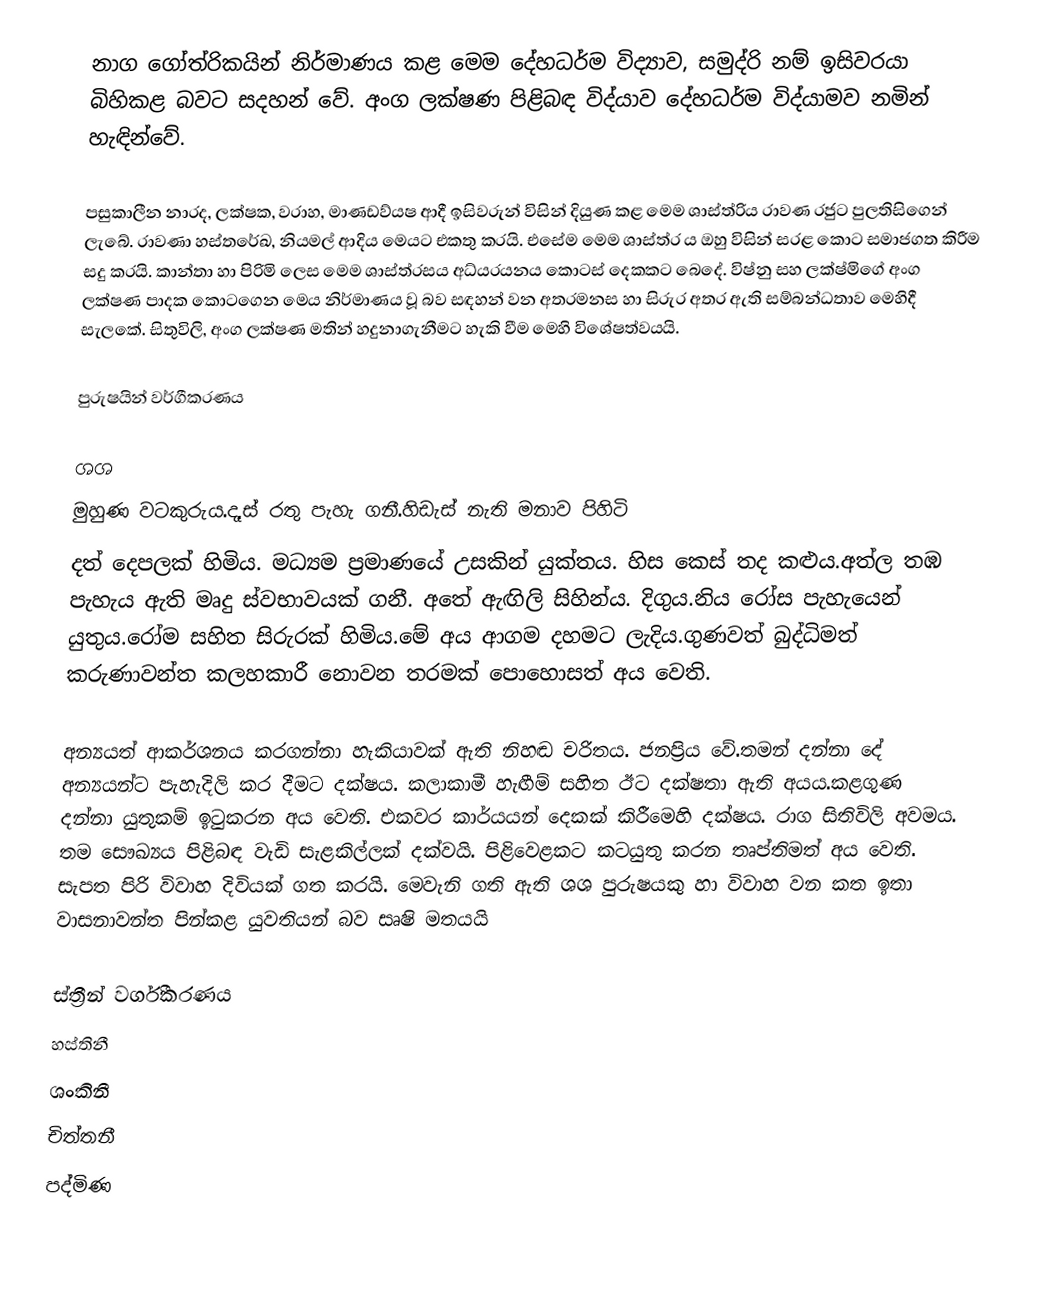
නාග ගෝත්රිකයින් නිර්මාණය කළ මෙම දේහධර්ම විද්‍යාව, සමුද්රි නම් ඉසිවරයා බිහිකළ බවට සදහන් වේ. අංග ලක්ෂණ පිළිබඳ විද්යාව දේහධර්ම විද්යාමව නමින් හැඳින්වේ.

පසුකාලීන නාරද, ලක්ෂක, වරාහ, මාණඩව්යෂ ආදී ඉසිවරුන් විසින් දියුණ කළ මෙම ශාස්ත්රිය රාවණ රජුට පුලතිසිගෙන් ලැබේ. රාවණා හස්තරේඛ, නියමල් ආදිය මෙයට එකතු කරයි. එසේම මෙම ශාස්ත්ර ය ඔහු විසින් සරළ කොට සමාජගත කිරීම සදු කරයි. කාන්තා හා පිරිමි ලෙස මෙම  ශාස්ත්රසය අධ්යරයනය ‍කොටස් දෙකකට බෙදේ. විෂ්නු සහ ලක්ෂ්මිගේ අංග ලක්ෂණ පාදක කොටගෙන මෙය නිර්මාණය වූ බව සඳහන් වන අතරමනස හා සිරුර අතර ඇති සම්බන්ධතාව මෙහිදී සැලකේ. සිතුවිලි, අංග ලක්ෂණ මතින් හදුනාගැනීමට හැකි වීම මෙහි විශේෂත්වයයි.

පුරුෂයින් වර්ගීකරණය

 ශශ
මුහුණ වටකුරුය.දෑස් රතු පැහැ ගනී.හිඩැස් නැති මනාව පිහිටි
දත් දෙපලක් හිමිය. මධ්‍යම ප්‍රමාණයේ උසකින් යුක්තය. හිස කෙස් තද කළුය.අත්ල තඹ පැහැය ඇති මෘදු ස්වභාවයක් ගනී. අතේ ඇඟිලි සිහින්ය. දිගුය.නිය රෝස පැහැයෙන් යුතුය.රෝම සහිත සිරුරක් හිමිය.මේ අය ආගම දහමට ලැදිය.ගුණවත් බුද්ධිමත් කරුණාවන්ත කලහකාරී නොවන තරමක් පොහොසත් අය වෙති.

අන්‍යයත් ආකර්ශනය කරගන්නා හැකියාවක් ඇති නිහඬ චරිතය. ජනප්‍රිය වේ.තමන් දන්නා දේ අන්‍යයන්ට පැහැදිලි කර දීමට දක්ෂය. කලාකාමී හැඟීම් සහිත ඊට දක්ෂතා ඇති අයය.කළගුණ දන්නා යුතුකම් ඉටුකරන අය වෙති. එකවර කාර්යයන් දෙකක් කිරීමෙහි දක්ෂය. රාග සිතිවිලි අවමය. තම සෞඛ්‍යය පිළිබඳ වැඩි සැළකිල්ලක් දක්වයි. පිළිවෙළකට කටයුතු කරන තෘප්තිමත් අය වෙති. සැපත පිරි විවාහ දිවියක් ගත කරයි. මෙවැනි ගති ඇති ශශ පුරුෂයකු හා විවාහ වන කත ඉතා වාසනාවන්ත පින්කළ යුවතියන් බව සෘෂි මතයයි

ස්ත්‍රීන් වර්ගීකරණය
 හස්තිනී
 ශංකිනී
 චිත්තනී
 පද්මිණ